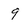
Character: 9